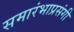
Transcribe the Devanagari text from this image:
समारंभाप्रसंगी